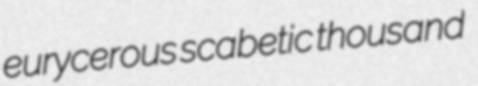
eurycerous scabetic thousand